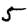
Digit: 5